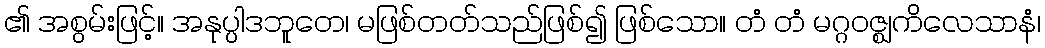
၏ အစွမ်းဖြင့်။ အနုပ္ပါဒဘူတေ၊ မဖြစ်တတ်သည်ဖြစ်၍ ဖြစ်သော။ တံ တံ မဂ္ဂဝဇ္ဈကိလေသာနံ၊